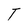
Character: T